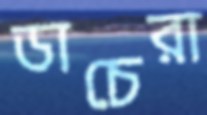
ডাচেরা